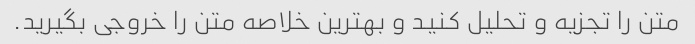
متن را تجزیه و تحلیل کنید و بهترین خلاصه متن را خروجی بگیرید.